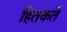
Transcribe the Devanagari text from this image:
हितकर्ते